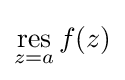
\mathop {\operatorname {res} } _{z=a}f(z)